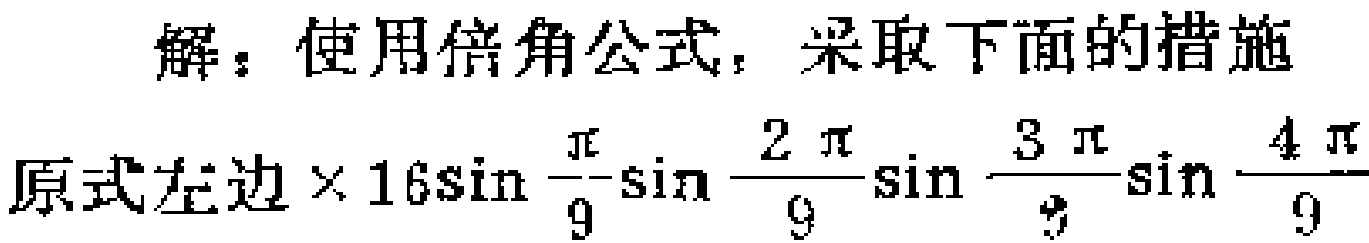
解：使用倍角公式，采取下面的措施
原式左边$\times 16\sin\frac{\pi}{9}\sin\frac{2\pi}{9}\sin\frac{3\pi}{9}\sin\frac{4\pi}{9}$